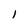
Character: l